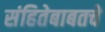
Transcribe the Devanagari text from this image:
संहितेबाबतचे